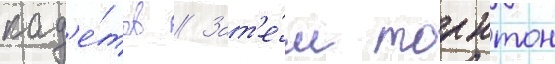
кад'е́тов // Зат'е́м торнтон